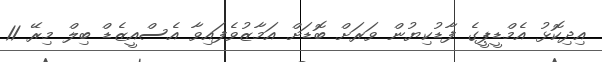
އިދިކޮޅު އެމްޑީޕީގެ ފާޑުކިޔުން ވަރަށް ބޮޑަށް އަމާޒުވެފައިވާ އެސްއީޒެޑް ބިލް މިރޭ 11